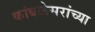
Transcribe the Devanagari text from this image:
कांबळेसरांच्या